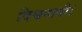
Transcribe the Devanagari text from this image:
विश्वनाथी।